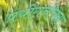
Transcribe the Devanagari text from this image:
प्रयोगनीयता